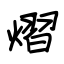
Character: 熠